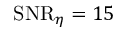
\mathrm { S N R } _ { \eta } = 1 5